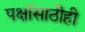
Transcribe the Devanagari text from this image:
पक्षांसाठीही